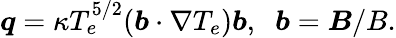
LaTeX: \boldsymbol{q}=\kappa T_{e}^{5/2}(\boldsymbol{b}\cdot\nabla T_{e})\boldsymbol{b},\; \; \boldsymbol{b}=\boldsymbol{B}/B.